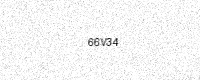
Text: 66V34